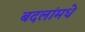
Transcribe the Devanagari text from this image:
बदलांमधे